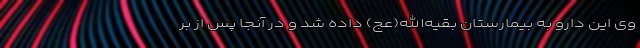
وی این دارو به بیمارستان بقیه‌الله(عج) داده شد و در آنجا پس از بر